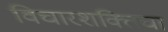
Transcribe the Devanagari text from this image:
विचारशक्तिचा